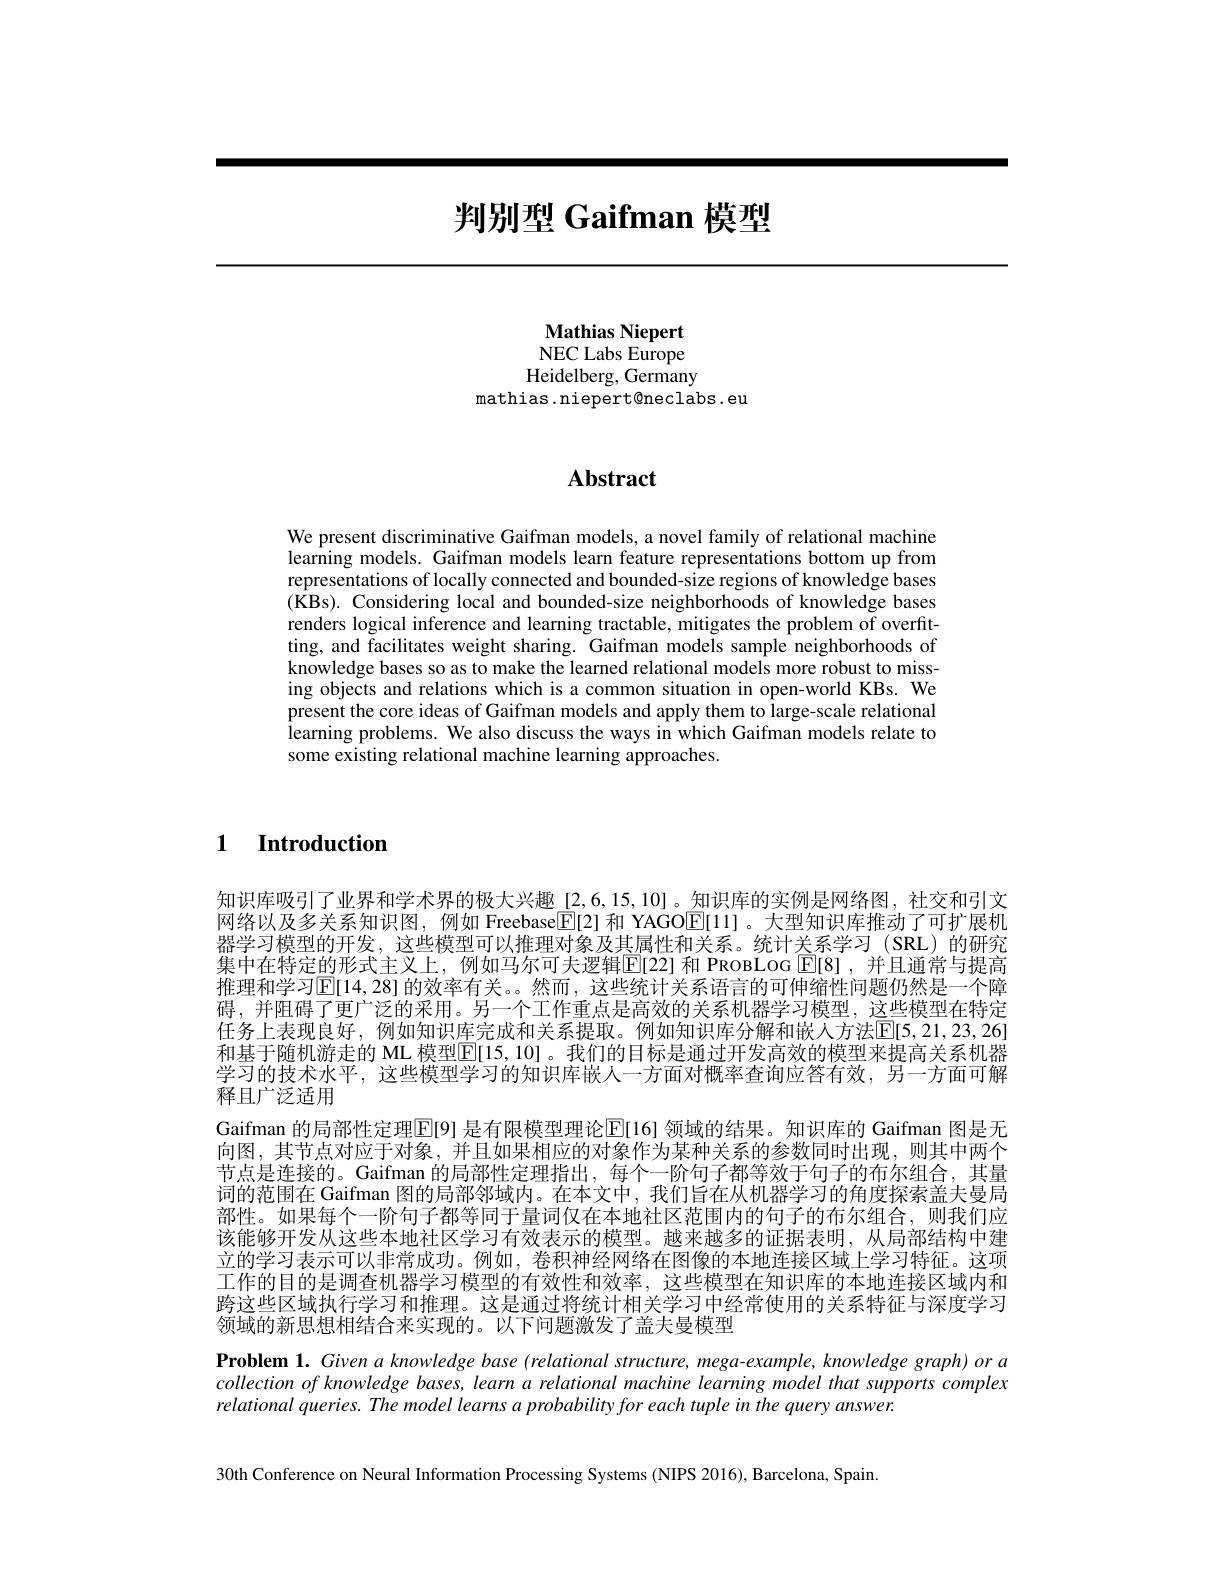
# 判别型 Gaifman 模型

Mathias Niepert NEC Labs Europe Heidelberg, Germany
mathias.niepert@neclabs.eu

# Abstract

We present discriminative Gaifman models, a novel family of relational machine learning models. Gaifman models learn feature representations bottom up from representations of locally connected and bounded-size regions of knowledge bases (KBs). Considering local and bounded-size neighborhoods of knowledge bases renders logical inference and learning tractable, mitigates the problem of overfitting, and facilitates weight sharing. Gaifman models sample neighborhoods of knowledge bases so as to make the learned relational models more robust to missing objects and relations which is a common situation in open-world KBs. We present the core ideas of Gaifman models and apply them to large-scale relational learning problems. We also discuss the ways in which Gaifman models relate to some existing relational machine learning approaches.

1 Introduction

知识库吸引了业界和学术界的极大兴趣[2,6,15,10]。知识库的实例是网络图，社交和引文网络以及多关系知识图，例如 Freebase$\boxed{\mathrm{E}}[2]$和 YAGOE[11]。大型知识库推动了可扩展机器学习模型的开发，这些模型可以推理对象及其属性和关系。统计关系学习(SRL)的研究集中在特定的形式主义上，例如马尔可夫逻辑$\overline{\mathbb{E}}[22]$ 和 PROBLOG $\boxed{\mathbb{E}}[8]$ ,并且通常与提高推理和学习$\operatorname{E[14,28]}$的效率有关。然而，这些统计关系语言的可伸缩性问题仍然是一个障碍，并阻碍了更广泛的采用。另一个工作重点是高效的关系机器学习模型，这些模型在特定任务上表现良好，例如知识库完成和关系提取。例如知识库分解和嵌人方法[E[5,21,23,26] 和基于随机游走的 ML 模型$\overline{\mathbb{E}}[15,10]$。我们的目标是通过开发高效的模型来提高关系机器学习的技术水平，这些模型学习的知识库嵌人一方面对概率查询应答有效，另一方面可解释且广泛适用
Gaifman 的局部性定理$\overline{\mathrm{E}}[9]$ 是有限模型理论$\overline{\mathrm{E}}[16]$ 领域的结果。知识库的 Gaifman 图是无向图，其节点对应于对象，并且如果相应的对象作为某种关系的参数同时出现，则其中两个节点是连接的。Gaifman 的局部性定理指出，每个一阶句子都等效于句子的布尔组合，其量词的范围在 Gaifman 图的局部邻域内。在本文中，我们旨在从机器学习的角度探索盖夫曼局部性。如果每个一阶句子都等同于量词仅在本地社区范围内的句子的布尔组合，则我们应该能够开发从这些本地社区学习有效表示的模型。越来越多的证据表明，从局部结构中建立的学习表示可以非常成功。例如，卷积神经网络在图像的本地连接区域上学习特征。这项工作的目的是调查机器学习模型的有效性和效率，这些模型在知识库的本地连接区域内和跨这些区域执行学习和推理。这是通过将统计相关学习中经常使用的关系特征与深度学习领域的新思想相结合来实现的。以下问题激发了盖夫曼模型

Problem 1. Given a knowledge base (relational structure, mega-example, knowledge graph) or a collectionofknowledge bases, learn a relational machine learning model that supports complex relational queries. The model learns a probability for each tuple in the query answer.

30th Conference on Neural Information Processing Systems (NIPS 2016), Barcelona, Spain